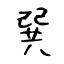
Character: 巽